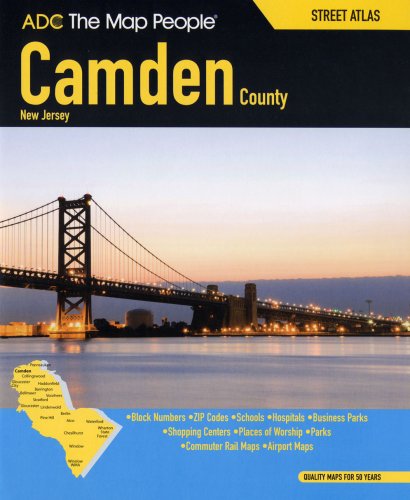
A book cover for ADC The Map People Camden County, New Jersey Street Atlas; the Map People ADC; Travel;